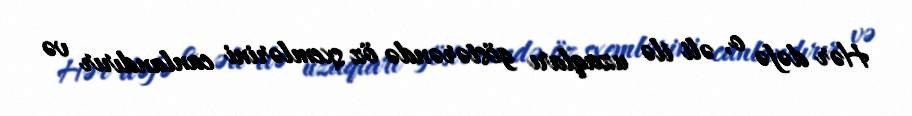
Hər dəfə o, əli ilə uzaqları göstərəndə öz sxemlərini canlandırır və